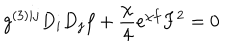
LaTeX: g ^ { ( 3 ) i j } D _ { i } D _ { j } f + \frac { \chi } { 4 } e ^ { \chi f } F ^ { 2 } = 0